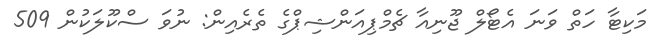
މަކިޓާ ހަތް ވަނަ އެޓޯލް ޖޫނިއާ ޗެމްޕިއަންޝިޕްގެ ތެރެއިން: ނުވަ ސްކޫލަކުން 509